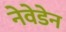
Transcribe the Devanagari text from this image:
नेवेडेन